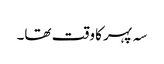
سہ پہر کا وقت تھا۔